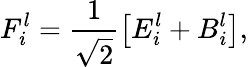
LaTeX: F_{i}^{l}=\frac{1}{\sqrt{2}}\left[E_{i}^{l}+B_{i}^{l}\right],